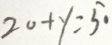
2 0 + y = 5 0